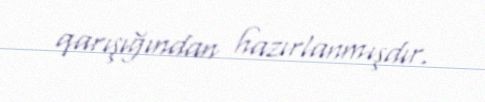
qarışığından hazırlanmışdır.